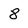
Character: 8